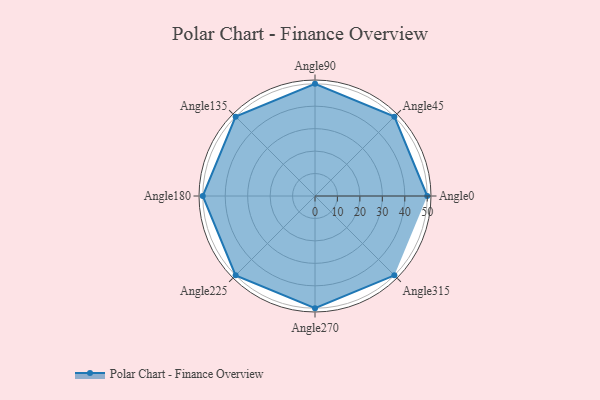
{"axis": {"x": "Angle", "y": "Radius"}, "legend": [""], "data": [{"x": "Angle0", "y": 50, "type": ""}, {"x": "Angle45", "y": 50, "type": ""}, {"x": "Angle90", "y": 50, "type": ""}, {"x": "Angle135", "y": 50, "type": ""}, {"x": "Angle180", "y": 50, "type": ""}, {"x": "Angle225", "y": 50, "type": ""}, {"x": "Angle270", "y": 50, "type": ""}, {"x": "Angle315", "y": 50, "type": ""}]}